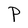
Character: P